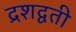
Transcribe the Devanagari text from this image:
द्रशद्वती